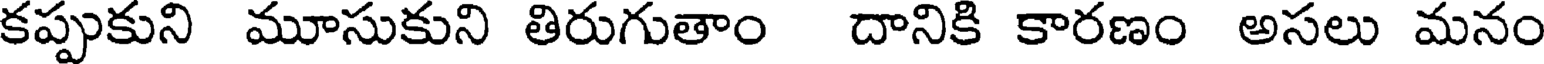
కప్పుకుని మూసుకుని తిరుగుతాం దానికి కారణం అసలు మనం